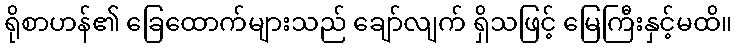
ရိုစာဟန်၏ ခြေထောက်များသည် ချော်လျက် ရှိသဖြင့် မြေကြီးနှင့်မထိ။